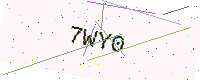
Text: 7WY0